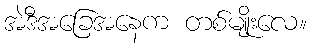
အဲဒီအခြေအနေက တစ်မျိုးလေ။